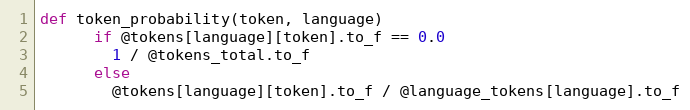
Language: Ruby
def token_probability(token, language)
      if @tokens[language][token].to_f == 0.0
        1 / @tokens_total.to_f
      else
        @tokens[language][token].to_f / @language_tokens[language].to_f